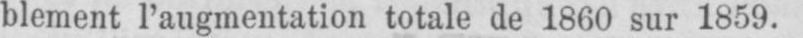
blement l’augmentation totale de 1860 sur 1859.